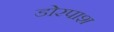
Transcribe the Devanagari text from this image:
डोरपाश